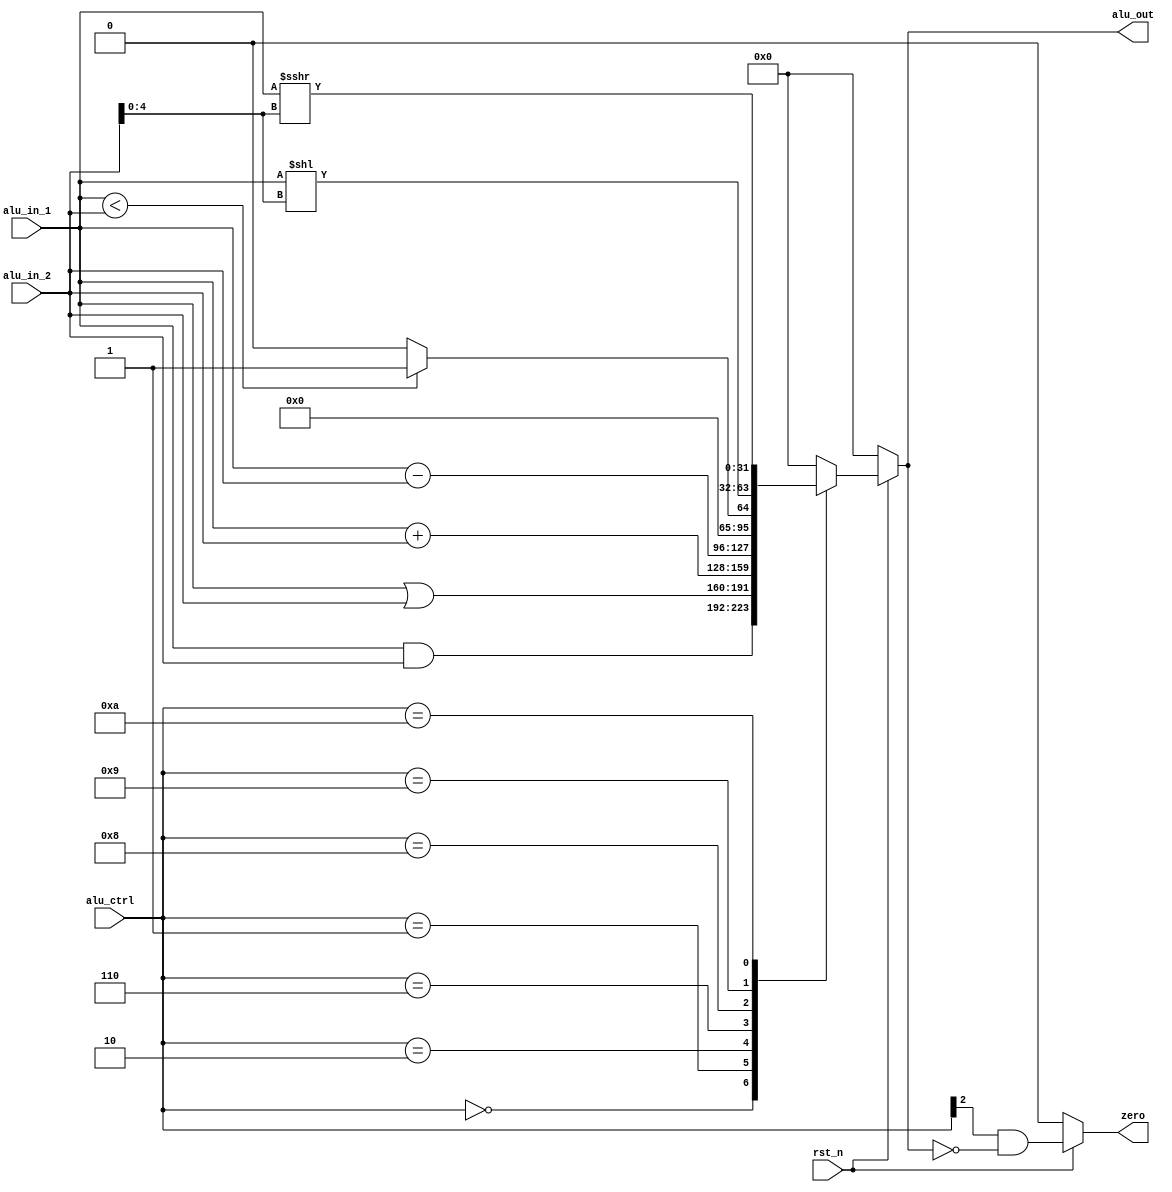
module ALU(rst_n, alu_in_1, alu_in_2, alu_ctrl, alu_out, zero);
    input rst_n;
    input[31:0] alu_in_1;
    input[31:0] alu_in_2;
    output [31:0] alu_out;
    reg [31:0] alu_out_r;

    input[3:0] alu_ctrl;
    output reg zero;

    wire value_zero;

    assign alu_out = alu_out_r;
    assign value_zero = (alu_out_r == 32'b0);

    always @(*) begin
        
        if (!rst_n) begin
            zero = 0;
            alu_out_r = 0;
        end
        else begin 
            zero = alu_ctrl[2] & value_zero;  // BEQ            
            case(alu_ctrl)
                4'b0000: alu_out_r = alu_in_1 & alu_in_2;
                4'b0001: alu_out_r = alu_in_1 | alu_in_2;
                4'b0010: alu_out_r = alu_in_1 + alu_in_2;
                4'b0110: alu_out_r = alu_in_1 - alu_in_2;
                4'b1000: begin 
                    if (alu_in_1 < alu_in_2) begin 
                        alu_out_r = 1;
                    end
                    else begin 
                        alu_out_r = 0;
                    end
                end
                4'b1001: alu_out_r = alu_in_1 << alu_in_2[4:0];
                4'b1010: alu_out_r = alu_in_1 >>> alu_in_2[4:0];

                default: alu_out_r = 0;
            endcase
        end
        
    end    

endmodule